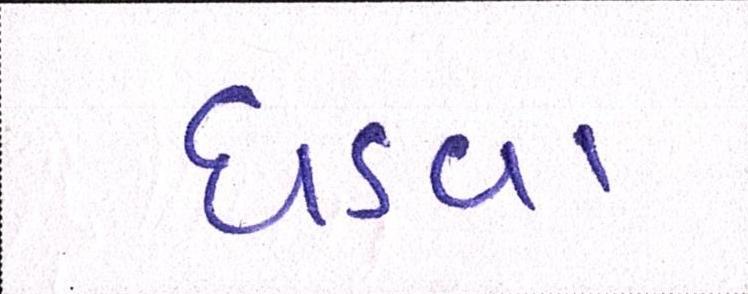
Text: ઘડવા